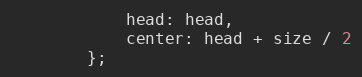
Language: JavaScript
			head: head,
			center: head + size / 2
		};